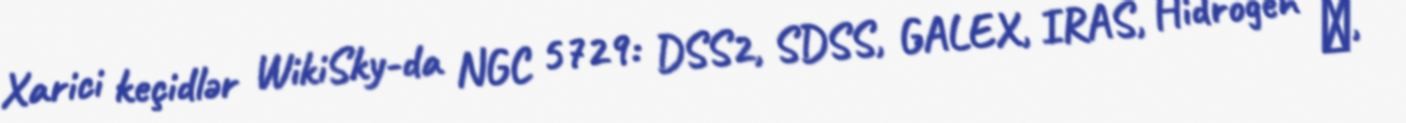
Xarici keçidlər WikiSky-da NGC 5729: DSS2, SDSS, GALEX, IRAS, Hidrogen α,